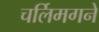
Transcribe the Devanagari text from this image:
चर्लिमगने